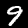
Digit: 9